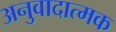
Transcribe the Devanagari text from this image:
अनुवादात्मक